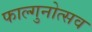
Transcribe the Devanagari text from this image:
फाल्गुनोत्सव